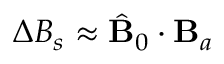
\Delta B _ { s } \approx \hat { \mathbf { B } } _ { 0 } \cdot \mathbf { B } _ { a }